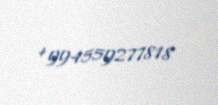
+994559277818